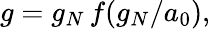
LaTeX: g=g_{N}\, f(g_{N}/a_{0}),